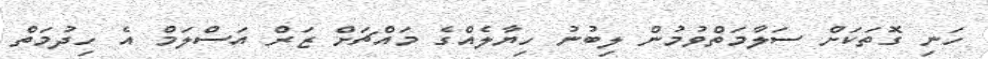
ހަނި ގޮތަކަށް ސަލާމަތްވުމުން ލިބުނު ހިޔާލެއްގެ މައްޗަށް ޒަރް އަސްލަމް އެ ހިދުމަތް